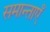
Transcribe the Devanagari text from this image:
समान्ताएँ